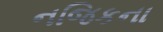
નજિકના